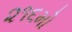
૨૧૬મો